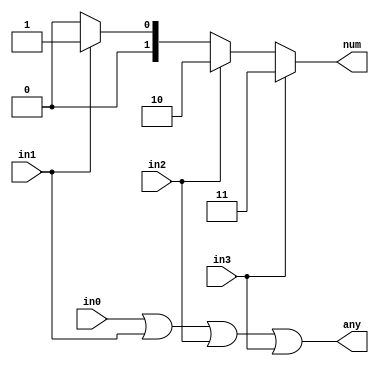
/*
 * Generated by Digital. Don't modify this file!
 * Any changes will be lost if this file is regenerated.
 */
module PriorityEncoder2 (
    input in0,
    input in1,
    input in2,
    input in3,
    output reg [1:0] num,
    output any
);
    always @ (*) begin
        if (in3 == 1'b1)
            num = 2'h3;
        else if (in2 == 1'b1)
            num = 2'h2;
        else if (in1 == 1'b1)
            num = 2'h1;
        else 
            num = 2'h0;
    end

    assign any = in0 | in1 | in2 | in3;
endmodule


module Mux_4x1
(
    input [1:0] sel,
    input in_0,
    input in_1,
    input in_2,
    input in_3,
    output reg out
);
    always @ (*) begin
        case (sel)
            2'h0: out = in_0;
            2'h1: out = in_1;
            2'h2: out = in_2;
            2'h3: out = in_3;
            default:
                out = 'h0;
        endcase
    end
endmodule


module Mux_2x1
(
    input [0:0] sel,
    input in_0,
    input in_1,
    output reg out
);
    always @ (*) begin
        case (sel)
            1'h0: out = in_0;
            1'h1: out = in_1;
            default:
                out = 'h0;
        endcase
    end
endmodule


module solucao_dig (
  input M,
  input INTA,
  input INTB,
  input INTC,
  input INTD,
  input SA,
  input SB,
  input SC,
  input SD,
  output Y
);
  wire [1:0] s0;
  wire s1;
  PriorityEncoder2 PriorityEncoder2_i0 (
    .in0( SA ),
    .in1( SB ),
    .in2( SC ),
    .in3( SD ),
    .num( s0 )
  );
  Mux_4x1 Mux_4x1_i1 (
    .sel( s0 ),
    .in_0( INTA ),
    .in_1( INTB ),
    .in_2( INTC ),
    .in_3( INTD ),
    .out( s1 )
  );
  Mux_2x1 Mux_2x1_i2 (
    .sel( M ),
    .in_0( INTA ),
    .in_1( s1 ),
    .out( Y )
  );
endmodule